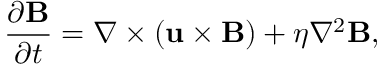
\frac { \partial \mathbf { B } } { \partial t } = \nabla \times \left( \mathbf { u } \times \mathbf { B } \right) + \eta \nabla ^ { 2 } \mathbf { B } ,